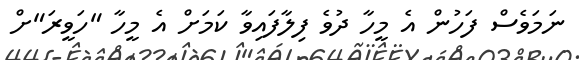
ނަމަވެސް ފަހުން އެ މީހާ ދުވެ ފިލާފައިވާ ކަމަށް އެ މީހާ "ހަވީރަ"ށް